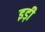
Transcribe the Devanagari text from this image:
इड़ी